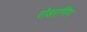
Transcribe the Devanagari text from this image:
रोडरनिंग